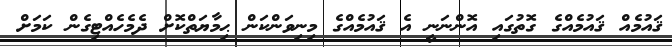
ޤައުމެއް ޤައުމެއްގެ ގޮތުގައި އޮންނަނީ އެ ޤައުމެއްގެ މިނިވަންކަން ޙިމާޔަތްކޮށް ދެމެހެއްޓިގެން ކަމަށް